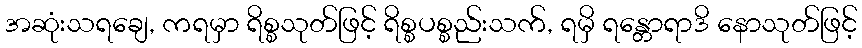
အဆုံးသရချေ, ကရမှာ ရိစ္စသုတ်ဖြင့် ရိစ္စပစ္စည်းသက်, ရမှိ ရန္တောရာဒိ နောသုတ်ဖြင့်